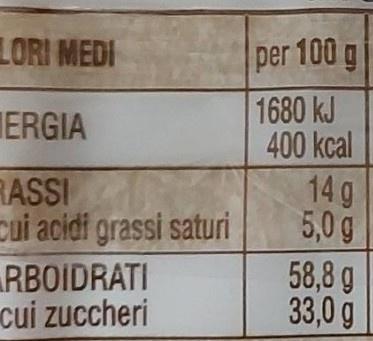
LORI MEDI
ERGIA
RASSI
cui acidi grassi saturi
RBOIDRATI
cui zuccheri
per 100 g
1680 kJ
400 kcal
14 g
5,0 g
58,8 g
33,0 g